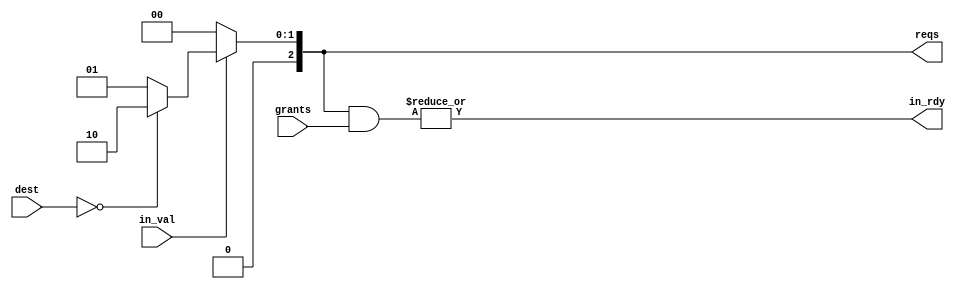
module plab4_net_RouterInputCtrl
#(
  parameter p_router_id   = 0,
  parameter p_num_routers = 8,

  //+++ gen-harness : begin cut ++++++++++++++++++++++++++++++++++++++++++

  // indicates the reqs signal to pass through a message
  parameter p_default_reqs = 3'b001,

  //+++ gen-harness : end cut ++++++++++++++++++++++++++++++++++++++++++++

  // parameter not meant to be set outside this module

  parameter c_dest_nbits = $clog2( p_num_routers )

)
(
  input  [c_dest_nbits-1:0] dest,

  input                     in_val,
  output                    in_rdy,

  output [2:0]              reqs,
  input  [2:0]              grants
);

  //+++ gen-harness : begin insert +++++++++++++++++++++++++++++++++++++++
// 
//   // add logic here
// 
//   assign in_rdy = 0;
//   assign reqs = 0;
// 
  //+++ gen-harness : end insert +++++++++++++++++++++++++++++++++++++++++

  //+++ gen-harness : begin cut ++++++++++++++++++++++++++++++++++++++++++

  //----------------------------------------------------------------------
  // Combinational logic
  //----------------------------------------------------------------------

  // rdy is just a reductive OR of the AND of reqs and grants

  assign in_rdy = | (reqs & grants);

  reg [2:0] reqs;

  always @(*) begin
    if (in_val) begin

      // if the packet is for this port, redirect it to the terminal
      if ( dest == p_router_id )
        reqs = 3'b010;

      // otherwise, we just pass through it
      else
        reqs = p_default_reqs;

    end else begin
      // if !val, we don't request any output ports
      reqs = 3'b000;
    end
  end

  //+++ gen-harness : end cut ++++++++++++++++++++++++++++++++++++++++++++

endmodule